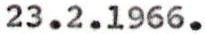
23.2.1966.